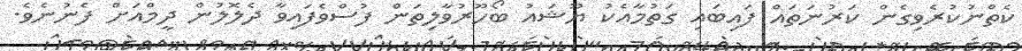
ކެތްނުކުރެވިގެން ކަރުނަތައް ފައިބައި ގަތުމާއެކު ޔޫޝައު ބޯހޫރުވާލިތަން ފުސްވެފައިވާ ދެލޮލުން ދީމްއަށް ފެނުނެވެ.